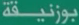
موزونیقه